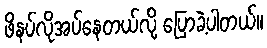
ဖိနပ်လိုအပ်နေတယ်လို့ ပြောခဲ့ပါတယ်။